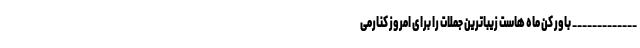
_____________ باور کن ماه هاست زیباترین جملات را برای امروز کنارمی